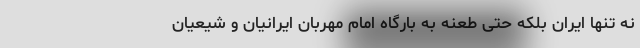
نه تنها ایران بلکه حتی طعنه به بارگاه امام مهربان ایرانیان و شیعیان